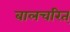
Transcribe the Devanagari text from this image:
बालचरित्‌